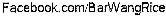
FACEBOOK.COM/BARWANGRICE